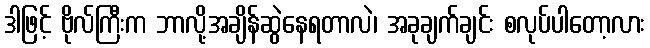
ဒါဖြင့် ဗိုလ်ကြီးက ဘာလို့အချိန်ဆွဲနေရတာလဲ၊ အခုချက်ချင်း စလုပ်ပါတော့လား